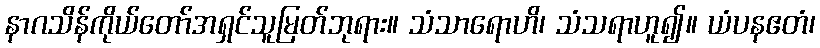
နာဂသိန်ကိုယ်တော်အရှင်သူမြတ်ဘုရား။ သံသာရောဟိ၊ သံသရာဟူ၍။ ယံပနဧတံ၊